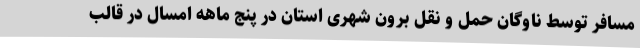
مسافر توسط ناوگان حمل و نقل برون شهری استان در پنج ماهه امسال در قالب